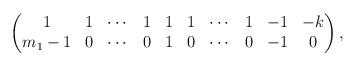
LaTeX: \begin{align*}\begin{pmatrix}1 & 1 & \cdots & 1 & 1 & 1 & \cdots & 1 & -1 & -k \\m_1-1 & 0 & \cdots & 0 & 1 & 0 & \cdots & 0 & -1 & 0\end{pmatrix},\end{align*}